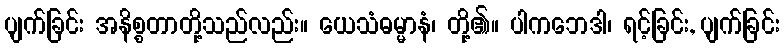
ပျက်ခြင်း အနိစ္စတာတို့သည်လည်း။ ယေသံဓမ္မာနံ၊ တို့၏။ ပါကဘေဒါ၊ ရင့်ခြင်း, ပျက်ခြင်း